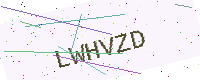
Text: LWHVZD